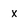
Character: x